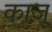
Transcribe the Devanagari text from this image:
काज़ू